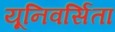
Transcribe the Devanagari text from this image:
यूनिवर्सिता